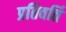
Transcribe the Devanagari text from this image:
प्रतिवर्ति